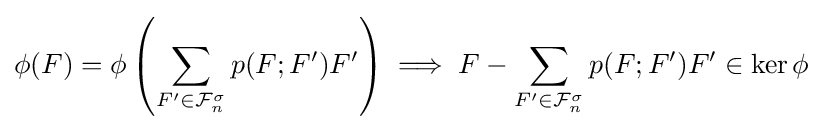
\phi (F)=\phi \left(\sum _{F'\in {\mathcal {F}}_{n}^{\sigma }}p(F;F')F'\right)\implies F-\sum _{F'\in {\mathcal {F}}_{n}^{\sigma }}p(F;F')F'\in \ker \phi